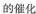
的催化